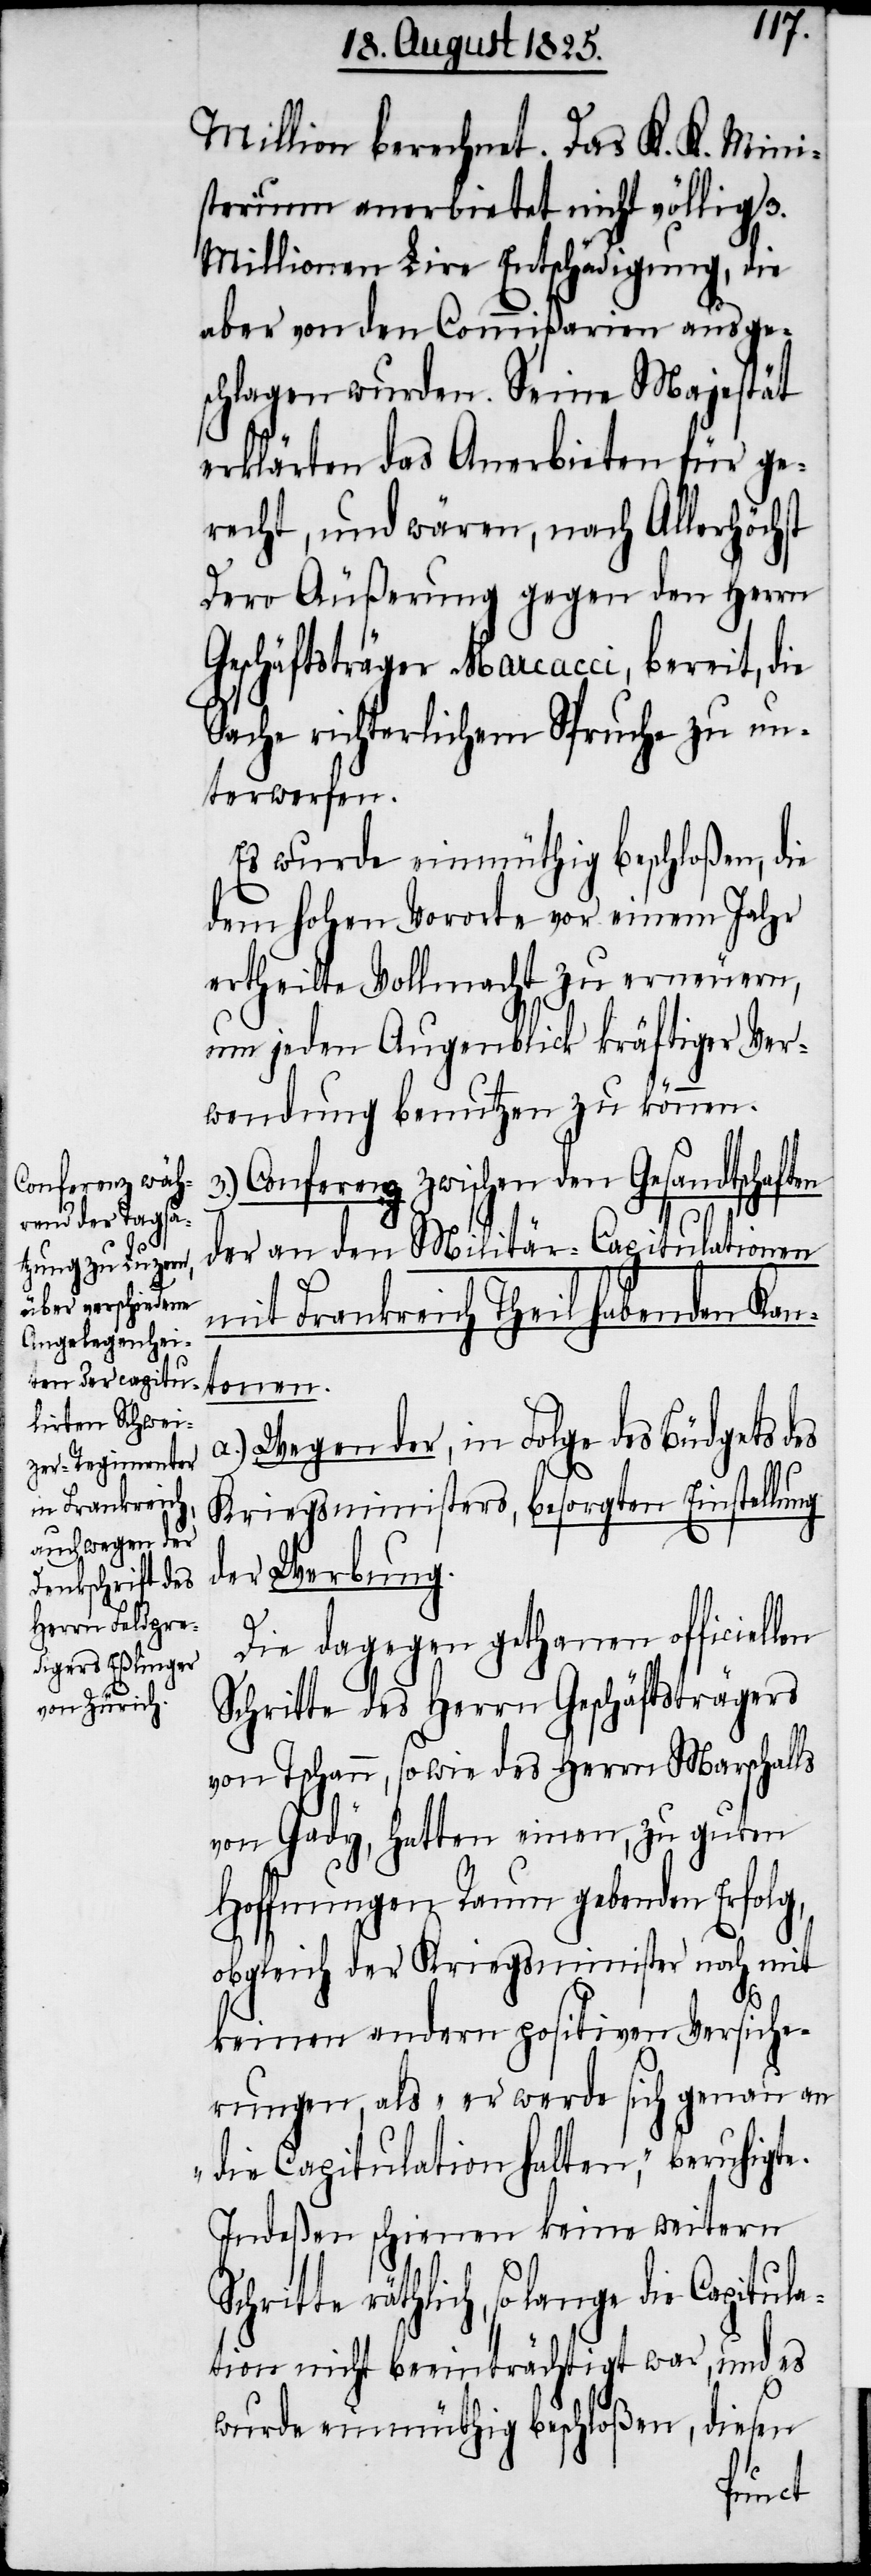
Million berechnet. Das K. K. Mini¬
sterium anerbietet nicht völlig 3.
Millionen Lire Entschädigung, die
aber von den Comißarien ausge¬
schlagen wurden. Seine Majestät
erklärten das Anerbieten für ge¬
recht, und wären, nach Allerhöchst
Dero Äußerung gegen den Herrn
Geschäftsträger Narcacci, bereit, die
Sache richterlichem Spruche zu un¬
terwerfen.
Es wurde einmüthig beschloßen, die
dem hohen Vororte vor einem Jahr
ertheilte Vollmacht zu erneuern,
um jeden Augenblick kräftiger Ver¬
wendung benutzen zu können.
3.) Conferenz zwischen den Gesandtschaften
der an den Militär-Capitulationen
mit Frankreich Theilhabenden Kan¬
tonen.
a.) Wegen der, in Folge des Büdgets des
Kriegsministers, besorgten Einstellung
der Werbung.
Die dagegen gethanen officiellen
Schritte des Herrn Geschäftsträgers
von Tschann, sowie des Herrn Marschalls
von Gady, hatten einen, zu guten
Hoffnungen Raum gebenden Erfolg,
obgleich der Kriegsminister noch mit
keinen andern positiven Versiche¬
rungen, als „er werde sich genau an
die Capitulation halten“, beruhigte.
Indeßen schienen keine weitern
räthlich, so lange die Capitul¬
ation nicht beeinträchtigt war, und es
wurde einmüthig beschloßen, diesen